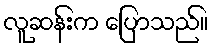
လူဆန်းက ပြောသည်။